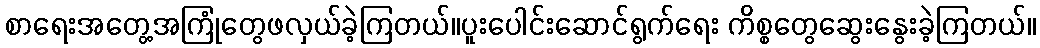
စာရေးအတွေ့အကြုံတွေဖလှယ်ခဲ့ကြတယ်။ပူးပေါင်းဆောင်ရွက်ရေး ကိစ္စတွေဆွေးနွေးခဲ့ကြတယ်။